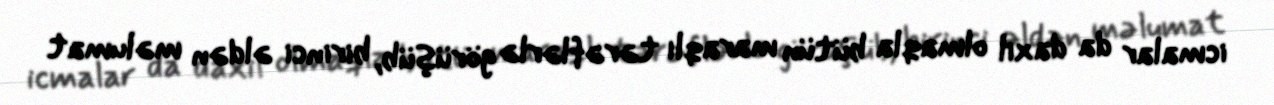
icmalar da daxil olmaqla bütün maraqlı tərəflərlə görüşüb, birinci əldən məlumat